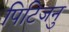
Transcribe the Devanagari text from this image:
पिटिजनु